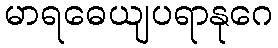
မာရဓေယျပရာနုဂေ